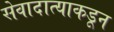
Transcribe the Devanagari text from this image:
सेवादात्याकडून